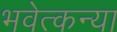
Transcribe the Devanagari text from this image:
भवेत्कन्या